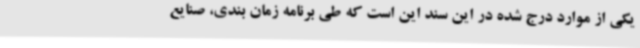
یکی از موارد درج شده در این سند این است که طی برنامه زمان بندی، صنایع